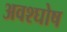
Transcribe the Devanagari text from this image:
अवश्घोष